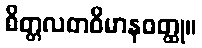
စိတ္တလတဝိမာနဝတ္ထု။